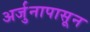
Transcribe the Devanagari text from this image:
अर्जुनापासून